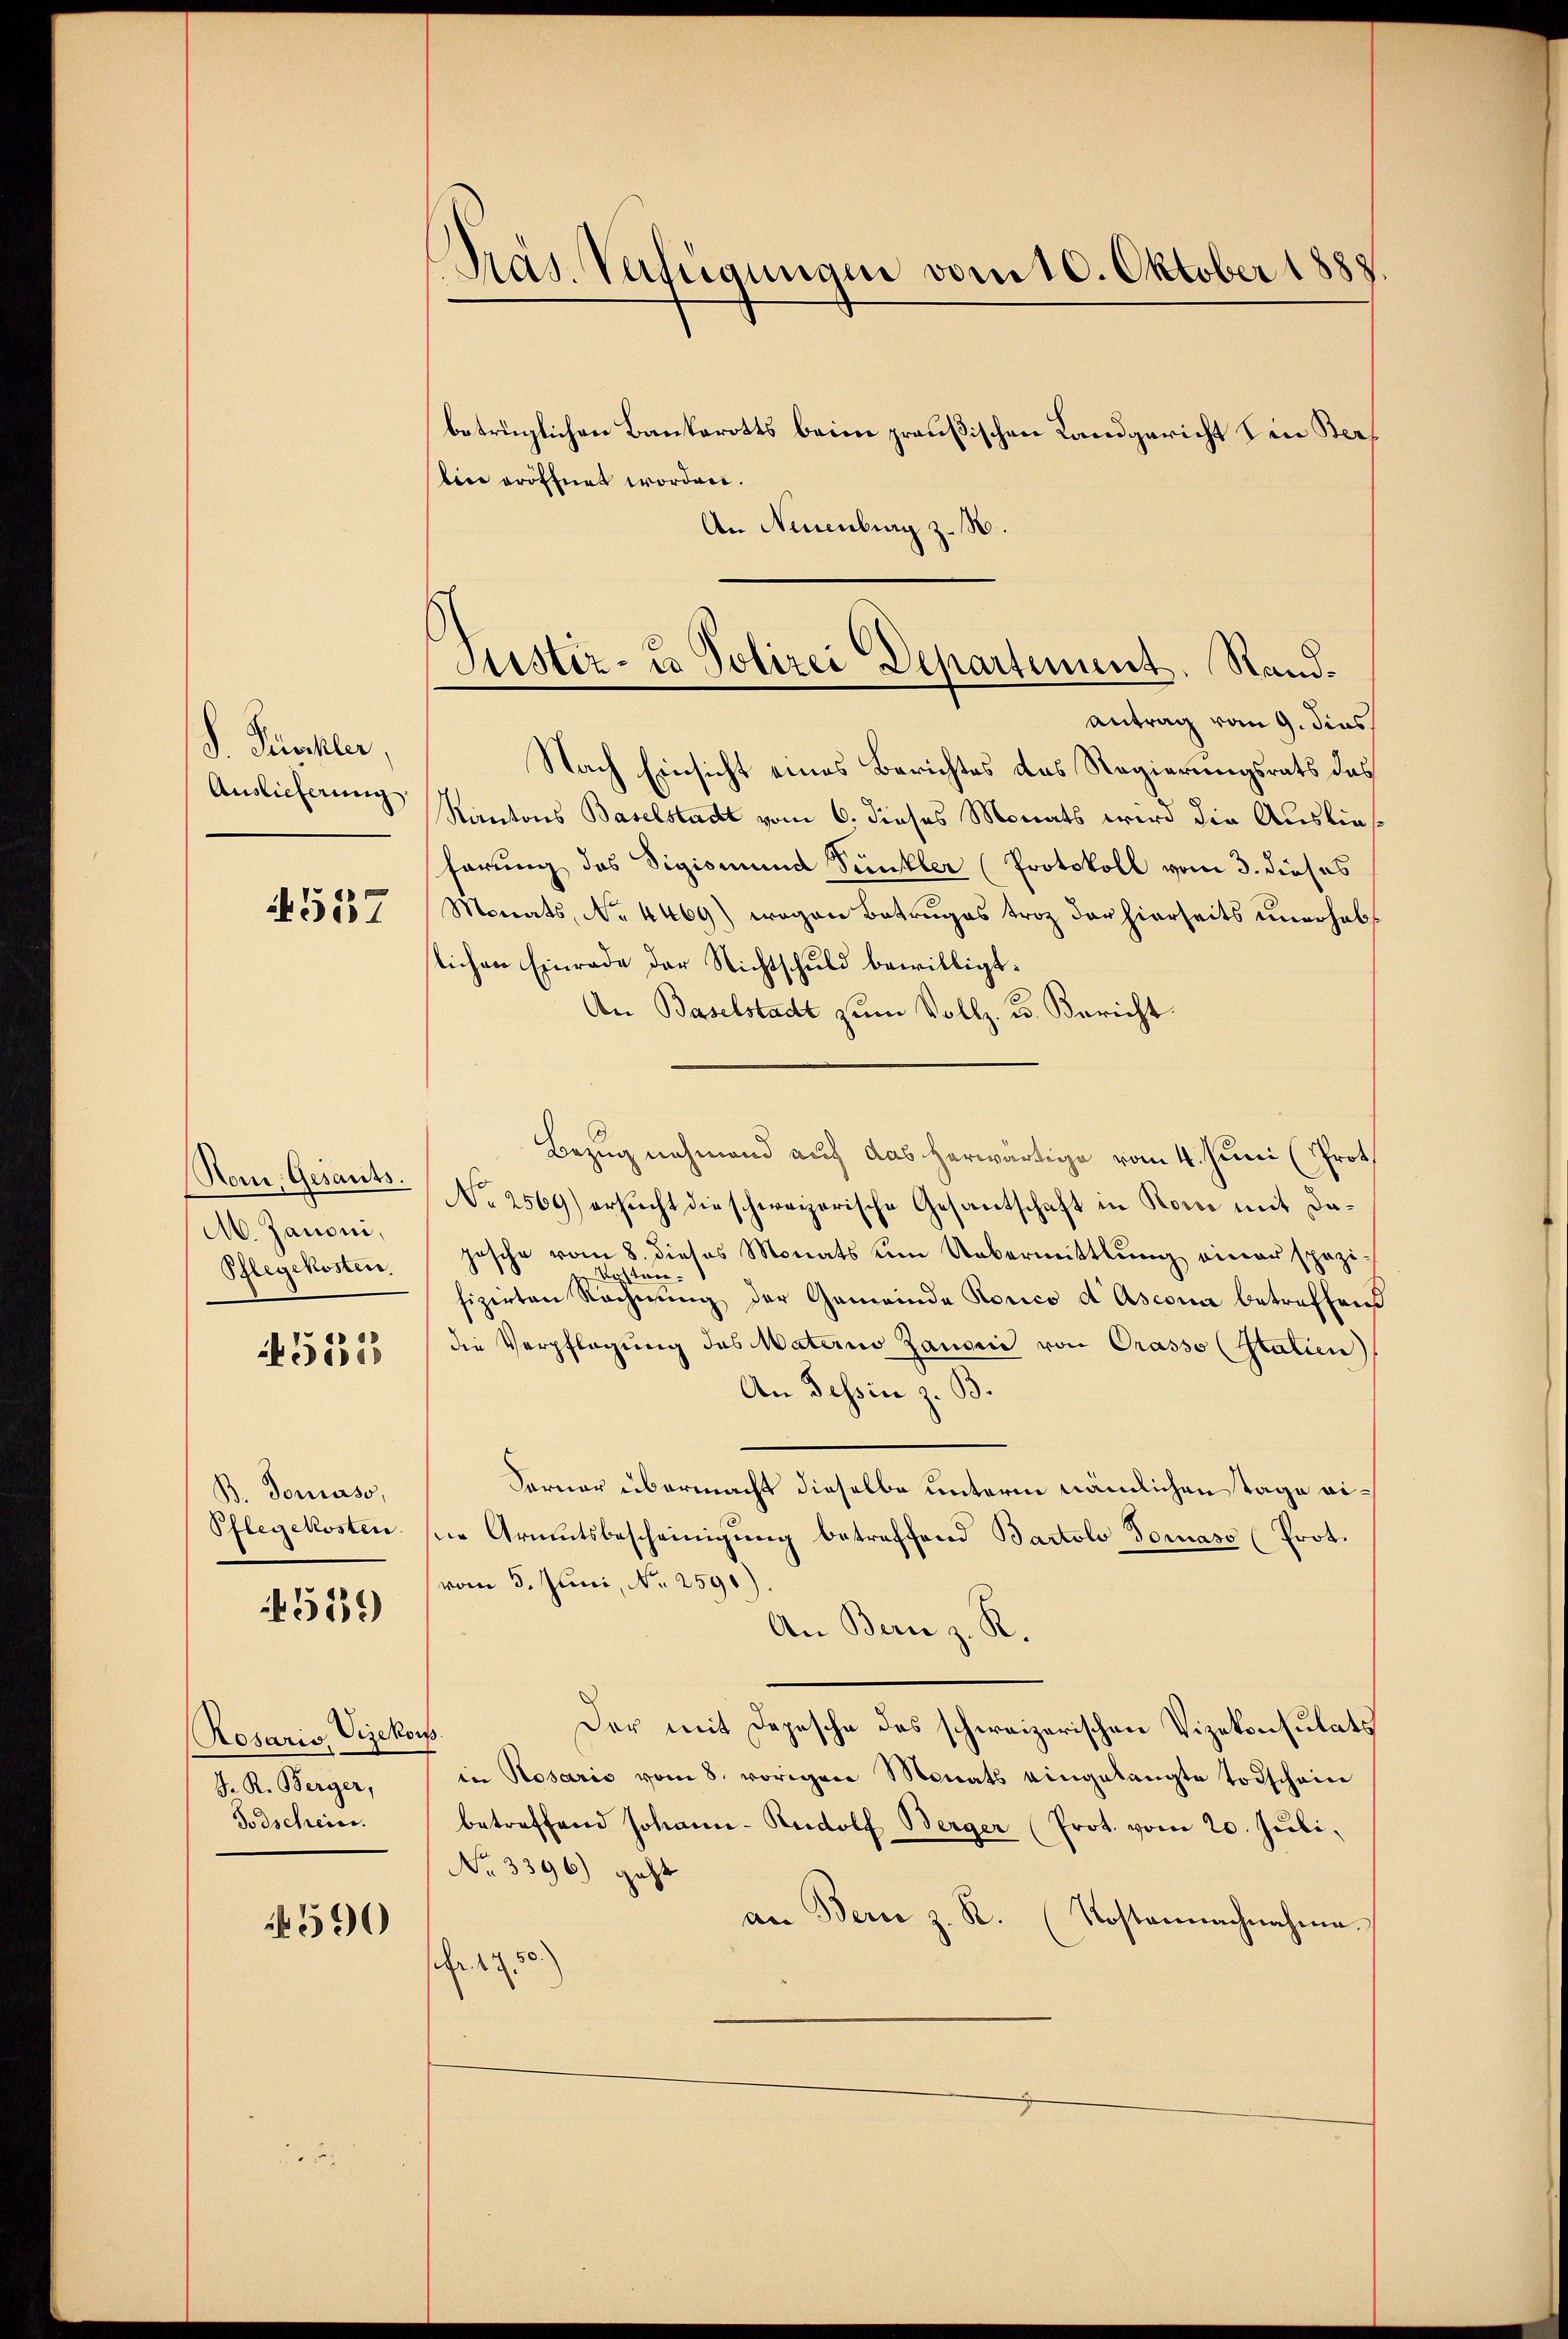
S. Punkler,
Auslieferung

557

Rom, Gesants.
M. Janoni,
Pflegekosten.

555

B. Tonaso,
Pflegekosten

519)

Rosaris, Vizekon
J. R. Berger,
Todschein.

4590

PPräs. Verfügunam vom 10. Oktober 1888

Justiz- u Polizei Departement. Randantrag vom 9. dies

betrüglichen Bankerotts beim preußischen Landgericht ein Berbiie eröffnet worden.
An Neuenburg z. B.
Nach Einsicht eines Berichtes das Regierungsrats das
Kantons Baselstadt vom 6. dieses Monats wird die Auslief
hörung das Sigismund Dünstler (Protokoll vom 3. dieses
Monats, No 4469) wegen Betruges troz der hierseits unerhalt
slichen Einrade der Nichtschuld bewilligt.
An Baselstadt zum Vollz. B. Bericht.
Bezug nehmend auf das herwärtige vom 4. Juni (Proth
No 2569) ersucht die schweizerische Gesantschaft in Rom mit Dajesche vom 8. dieses Monats um Uebermittlung einer spezi¬
Vostan
fizirten Rechnŭng der Gemeinde Rorico d Ascona betreffend
die Verpflegung des Materio Zanonie von Prasso (Statien)
An Tessin z. B.
Ferner übermacht dieselbe unterm nämlichen Tage eine Armutsbescheinigung betreffend Bartolo Tomaso (Prot.
vom 5. Juni, Nr. 2596)
An Bern z. R.
Der mit Depesche des schweizerischen Vizekonsulats
.
in Rosario vom 8. vorigen Monats eingelangte Todschein
betreffend Johann Rudolf Berger (Prot. vom 20. Jŭli
No 3396) geht
an Bern z. R. (Kostennachnahme.
Fr. 1750